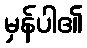
မှန်ပါ၏